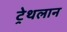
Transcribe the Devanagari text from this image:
ट्रेथलान